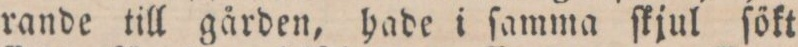
rande till gården, hade i ſamma ſkjul ſökt